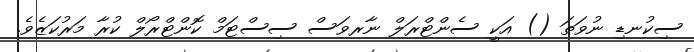
ސިކުނޑި ނުވަތަ () އަކީ ސެންޓްރަލް ނާރވަސް ސިސްޓަމް ކޮންޓްރޯލް ކުރާ މަރުކަޒެވެ.